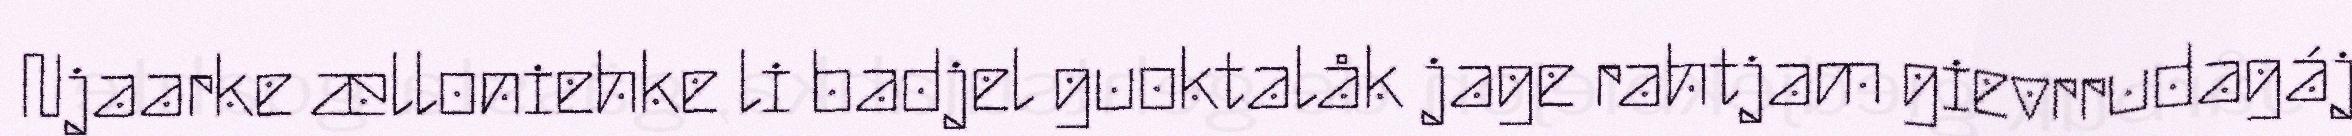
Njaarke ælloniehke li badjel guoktalåk jage rahtjam gievrrudagáj